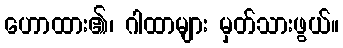
ဟောထား၏၊ ဂါထာများ မှတ်သားဖွယ်။